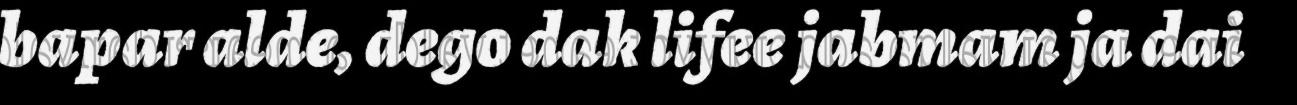
bapar alde, dego dak lifee jabmam ja dai